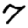
Digit: 7